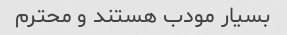
بسیار مودب هستند و محترم